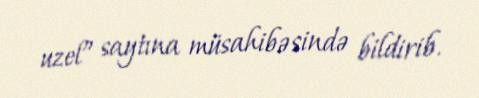
uzel” saytına müsahibəsində bildirib.